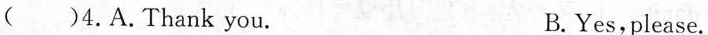
( )4.A.Thank you. B.Yes,please.